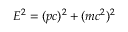
E ^ { 2 } = ( p c ) ^ { 2 } + ( m c ^ { 2 } ) ^ { 2 } \,